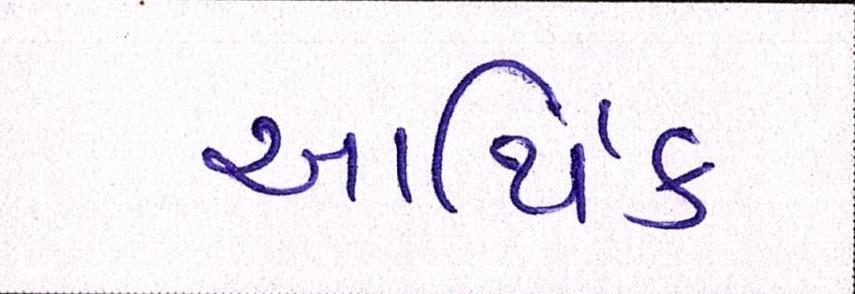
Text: આર્થિક